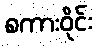
စကားဝိုင်း